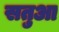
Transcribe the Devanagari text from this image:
सतुआ